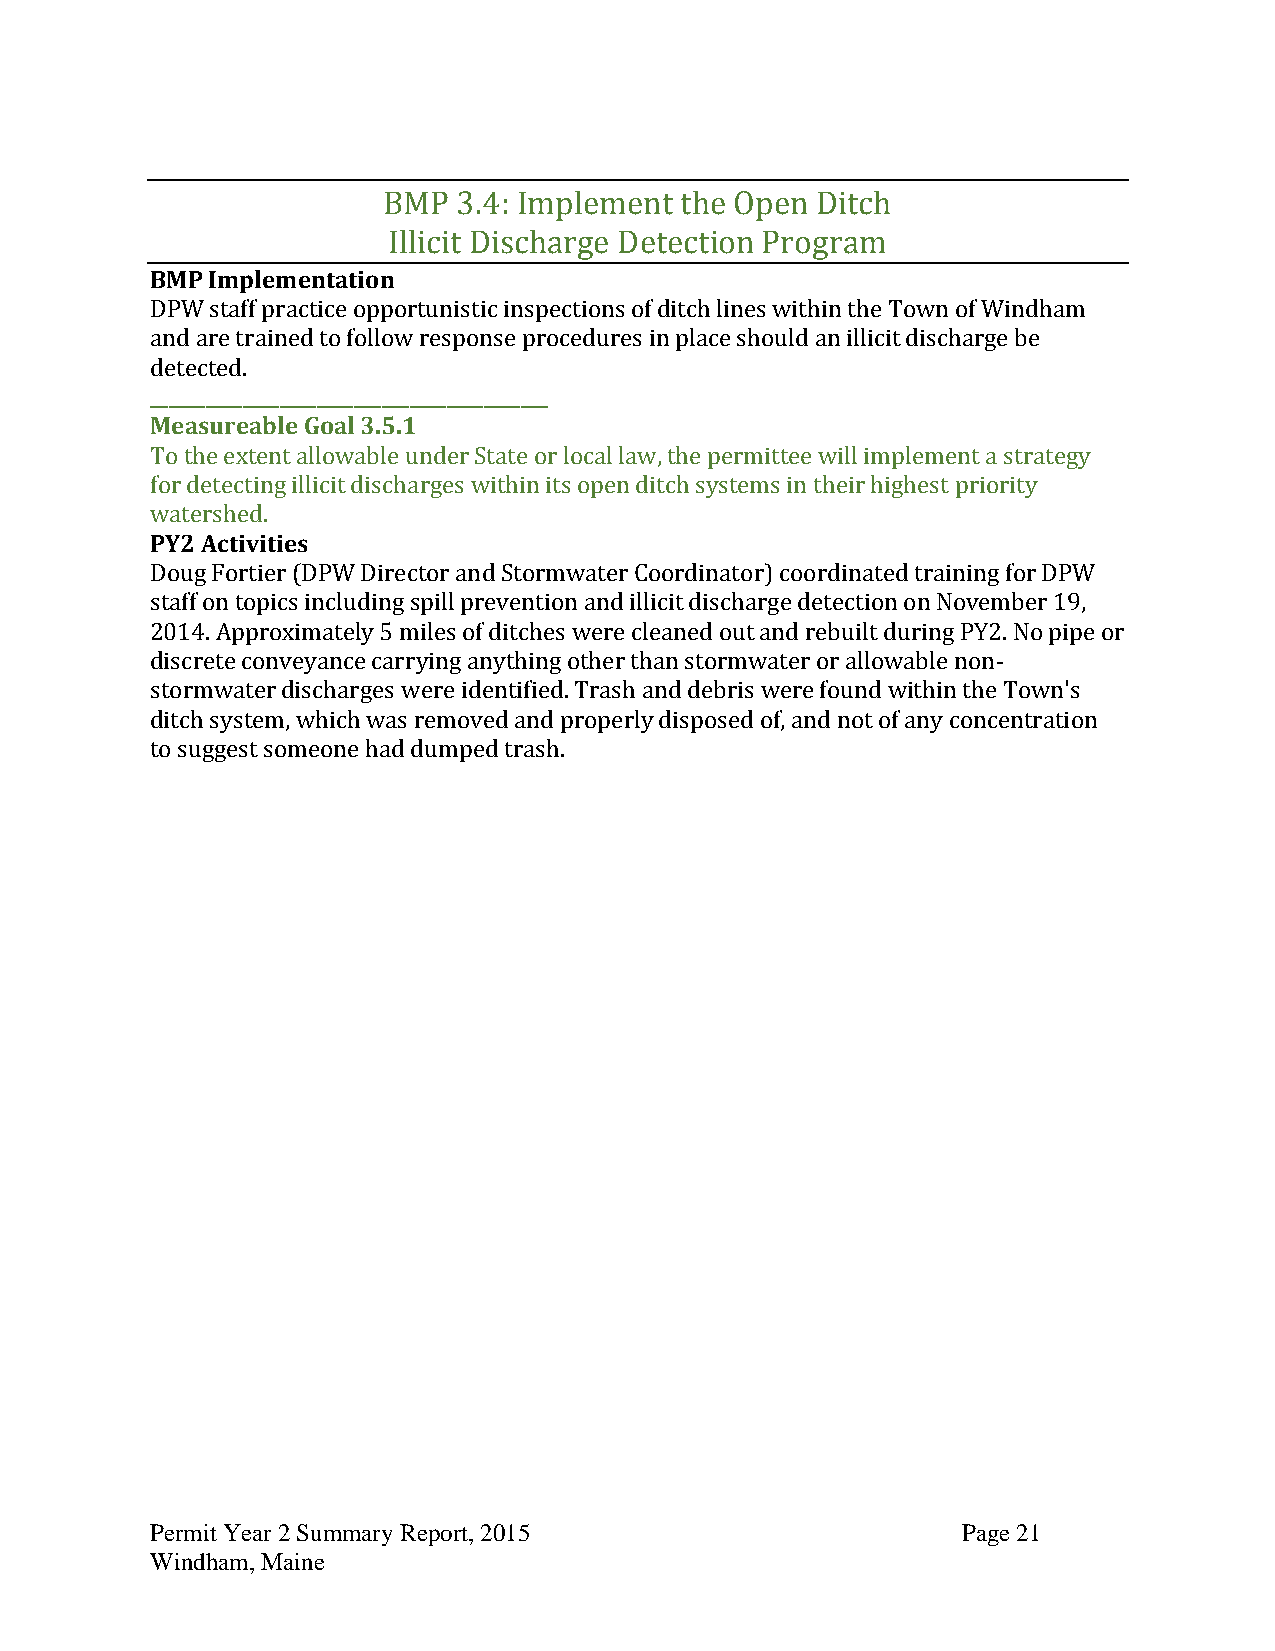
BMP  3.4: Implement the Open Ditch
 Illicit Discharge Detection Program
 BMP Implementation
 DPW staff practice opportunistic inspections of ditch lines within the Town of Windham
 and are trained to follow response procedures in place should an illicit discharge be
 detected.
 ___________________________________________
 Measureable Goal 3.5.1
 To the extent allowable under State or local law, the permittee will implement a strategy
 for detecting illicit discharges within its open ditch systems in their highest priority
 watershed.
 PY2 Activities
 Doug Fortier (DPW Director and Stormwater Coordinator) coordinated training for DPW
 staff on topics including spill prevention and illicit discharge detection on November 19,
 2014. Approximately 5 miles of ditches were cleaned out and rebuilt during PY2. No pipe or
 discrete conveyance carrying anything other than stormwater or allowable non-
 stormwater discharges were identified. Trash and debris were found within the Town's
 ditch system, which was removed and properly disposed of, and not of any concentration
 to suggest someone had dumped trash.
 Permit Year 2 Summary Report, 2015                    Page 21
 Windham, Maine